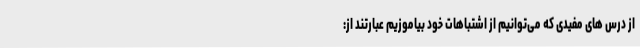
از درس های مفیدی که می‌توانیم از اشتباهات خود بیاموزیم عبارتند از: